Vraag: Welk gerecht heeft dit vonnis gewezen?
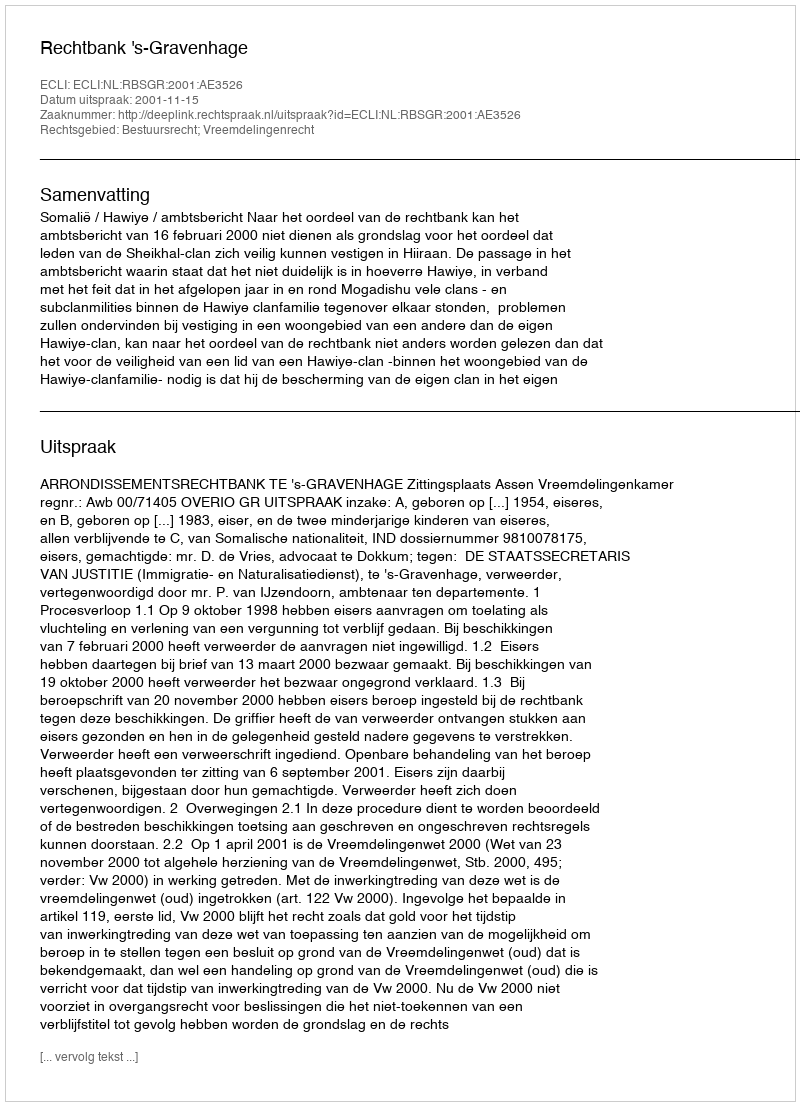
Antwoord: Rechtbank 's-Gravenhage